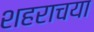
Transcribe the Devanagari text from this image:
शहराचया